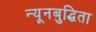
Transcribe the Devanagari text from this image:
न्यूनबुद्धिता